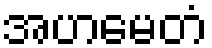
အဟမေတံ